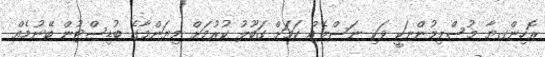
ރޮހިންގޔާ މުސްލިމުންނަކީ ވަކި ނަސްލެއް ކަމަށް ގަބޫލު ކުރުމަށް މިޔަންމާގެ ބުޑިސްޓުން ބޭނުމެއް